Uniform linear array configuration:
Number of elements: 16
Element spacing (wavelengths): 1
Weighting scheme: hamming
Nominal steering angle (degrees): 0
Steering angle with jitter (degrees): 0.6942
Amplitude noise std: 0.05
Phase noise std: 0.05

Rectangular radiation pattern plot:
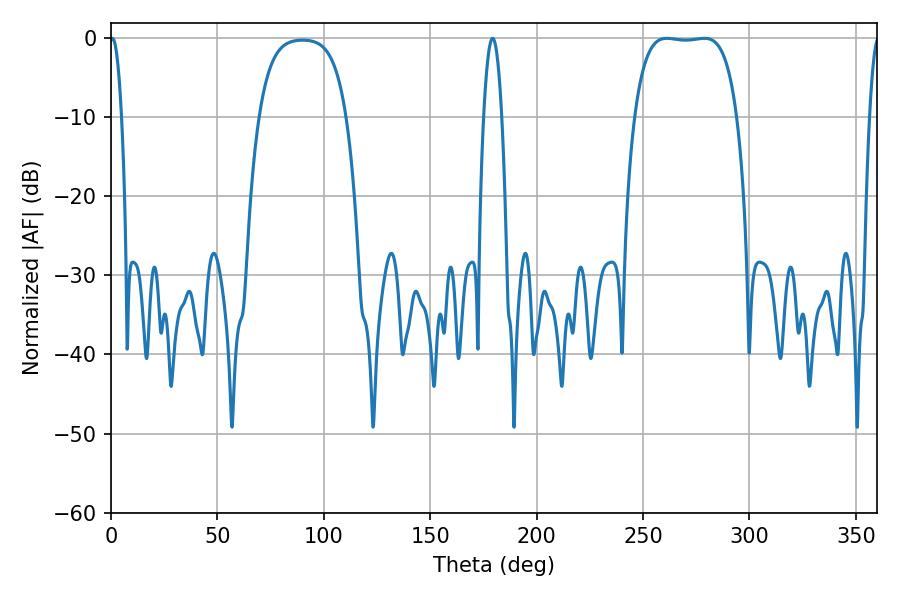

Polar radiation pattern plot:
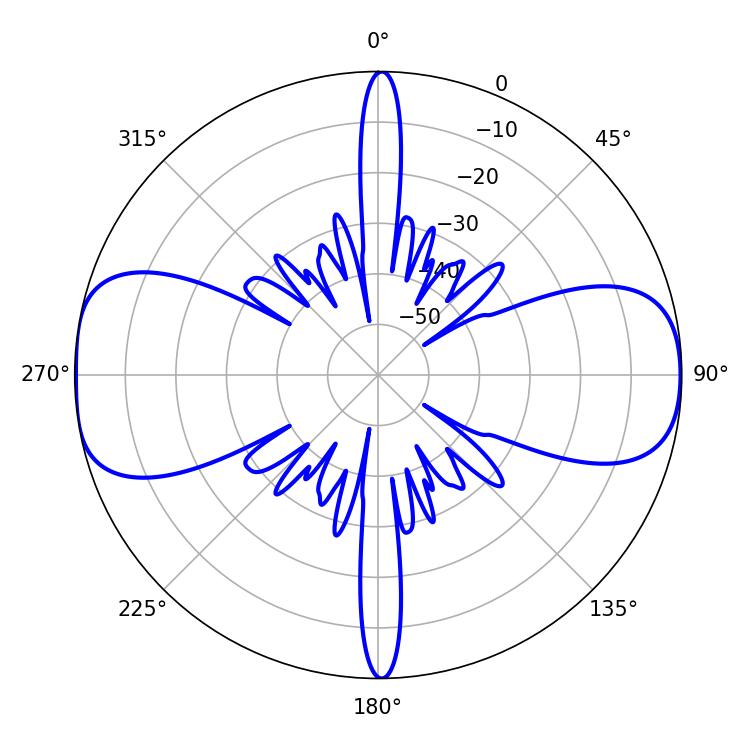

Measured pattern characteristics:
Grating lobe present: TRUE
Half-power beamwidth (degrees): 37.8
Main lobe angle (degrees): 261.18